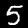
Label: 5